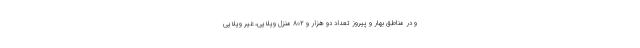
و در مناطق بهار و پیروز تعداد دو هزار و ۸۰۲ منزل ویلایی، غیر ویلایی